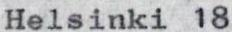
Helsinki 18